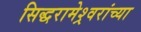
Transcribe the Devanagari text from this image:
सिद्धरामेश्र्वरांच्या